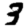
Digit: 3